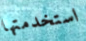
استخدمتها